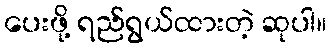
ပေးဖို့ ရည်ရွယ်ထားတဲ့ ဆုပါ။